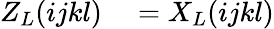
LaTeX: \begin{array}{rl}{Z_{L}(ijkl)}&{{}=X_{L}(ijkl)}\end{array}